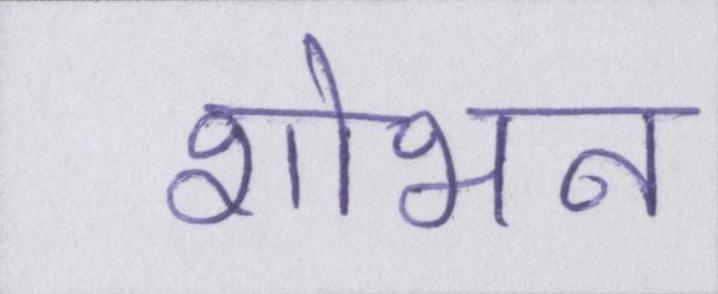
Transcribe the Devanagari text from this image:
शोभन